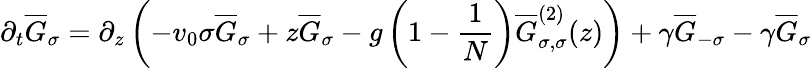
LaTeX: \partial_{t}\overline{{G}}_{\sigma}=\partial_{z}\left(-v_{0}\sigma\overline{{G}}_{\sigma}+z\overline{{G}}_{\sigma}-g\left(1-\frac{1}{N}\right)\overline{{G}}_{\sigma,\sigma}^{(2)}(z)\right)+\gamma\overline{{G}}_{-\sigma}-\gamma\overline{{G}}_{\sigma}